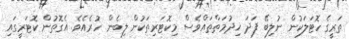
ތަރީގެ ހޮޓަލަކުން ނުލިބޭ ފަދަ ޚިދުމަތްތައްވެސް މިކޮޓަރިތަކުން ލިބެން ހުރެއެވެ. އެގޮތުން ކޮޓަރީގައި